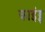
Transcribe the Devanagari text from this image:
काइंड्स